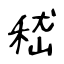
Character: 嵇